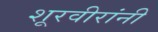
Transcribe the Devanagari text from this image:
शूरवीरांनी